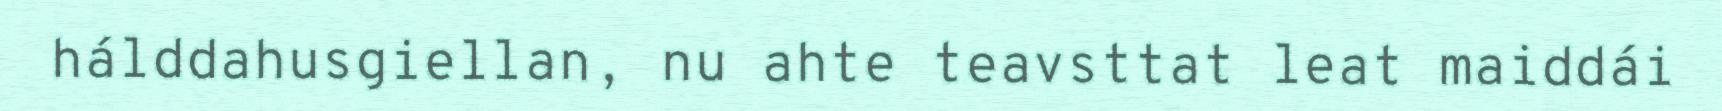
hálddahusgiellan, nu ahte teavsttat leat maiddái